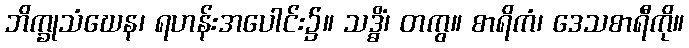
ဘိက္ခုသံဃေန၊ ရဟန်းအပေါင်း၌။ သဒ္ဓိံ၊ တကွ။ စာရိကံ၊ ဒေသစာရီကို။